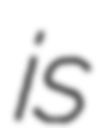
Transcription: is